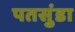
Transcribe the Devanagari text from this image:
पतसुंडा